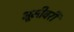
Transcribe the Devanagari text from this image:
भूमीवरी